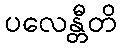
ပလေန္တီတိ